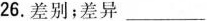
26.差别；差异___